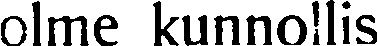
olme kunnoillis